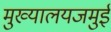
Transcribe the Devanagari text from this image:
मुख्यालयजमुई